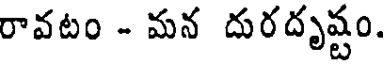
రావటం - మన దురదృష్టం.